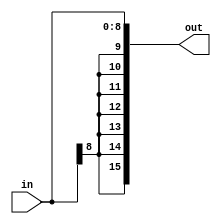
module sext9(in,out);
input [8:0] in;
output[15:0] out;
assign out= {{7{in[8]}},in[8:0]};
endmodule